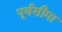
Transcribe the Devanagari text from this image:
पूर्वसीमा